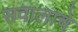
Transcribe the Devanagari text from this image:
सवालाचे